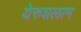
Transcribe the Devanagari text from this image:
येरुशलाम